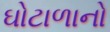
ઘોટાળાનો